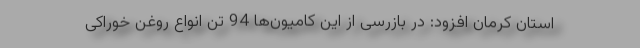
استان کرمان افزود: در بازرسی از این کامیون‌ها 94 تن انواع روغن خوراکی